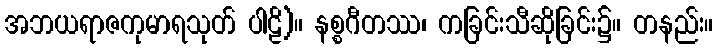
အဘယရာဇကုမာရသုတ် ပါဠိ)။ နစ္စဂီတဿ၊ ကခြင်းသီဆိုခြင်း၌။ တနည်း။